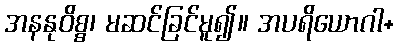
အနနုဝိစ္စ၊ မဆင်ခြင်မူ၍။ အပရိယောဂါ+